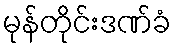
မုန်တိုင်းဒဏ်ခံ